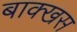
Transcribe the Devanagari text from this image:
बाक्खस